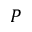
P